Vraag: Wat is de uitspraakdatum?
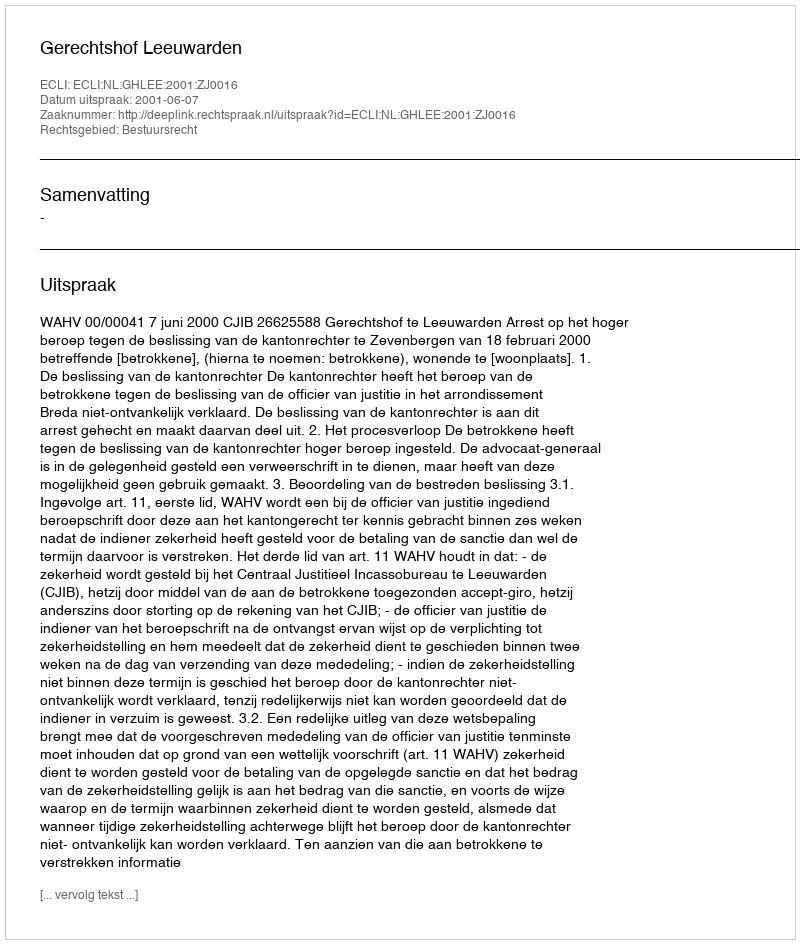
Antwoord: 2001-06-07